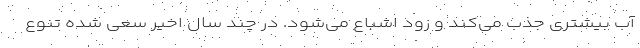
آب بیشتری جذب می‌کند و زود اشباع می‌شود. در چند سال اخیر سعی شده تنوع